Report on enteric fever
Disease focus: Fever
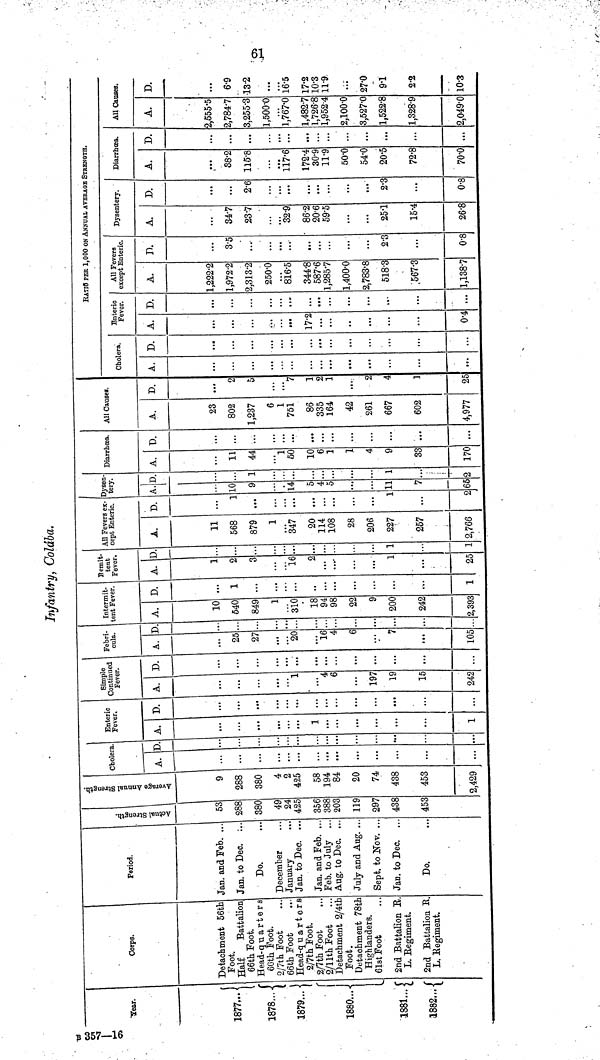
61
Infantry, Colába.
Year.
1877...
1878...
1879...
1880...
1881...
1882...
Corps.
Detachment 56th
Foot.
Half
Battalion
66th Foot.
Head-quarters
66th Foot.
2/7th Foot
66th Foot
Head-quarter
2/7th Foot.
2/7th Foot
2/11th Foot
Detachment 2/4t
Foot.
Detachment 78t
Highlanders.
61st Foot
2nd Battalion E
L. Regiment.
2nd Battalion R.
L. Regiment.
Period.
Jan. and Feb. ..
Jan. to
Dec..
Do.
December
January
Jan. to Dec. ..
Jan. and Feb. .
Feb. to July .
Aug. to Dec. .
July and Aug. .
Sept. to Nov. .
Jan. to Dec.
Do.
Actual Strength.
53
288
380
49
24
425
356
388
203
119
297
438
453
Average Annual Strength.
9
288
380
4
2
425
58
194
84
20
74
438
453
2,429
Cholera.
A.
...
...
...
D.
..
...
Enteric
Fever.
A.
1
...
1
D.
...
...
Simple
Continued
Fever.
A.
4
6
197
19
15
242
D.
...
...
Febrí-
cula.
A.
25
27
20
16
4
6
7
105
D.
..
Intermit-
tent Fever.
A.
10
540
849
1
310
18
94
98
22
9
200
242
2,393
D.
1
...
...
..
...
...
...
...
1
Remittent
Fever.
A.
1
2
...
16
2
...
....
...
1
25
D.
..
. .
-
1
All Fevers ex-
cept Enteric.
A.
11
568
879
1
347
20
114
108
28
206
227
257
2,766
D.
1
...
...
...
...
...
...
2
Dysen-
tery.
A.
10
9
14
5
4
5
11
7
65
D.
1
...
...
1
...
2
Diarrhoea.
A.
11
44
1
50
10
6
1
1
4
9
33
170
D.
...
...
...
...
...
...
...
...
...
...
...
All Causes.
A.
23
802
1,237
6
1
751
86
335
164
42
261
667
602
4,977
D.
2
5
7
1
2
1
2
4
1
25
Cholera.
A.
...
...
D.
...
...
RATIO PER 1,000 ON ANNUAL AVERAGE STRENGTH.
Enteric
Fever.
A.
17.2
0.4
D.
...
...
All Fevers
except Enteric.
A.
1,222.2
1,972.2
2,313.2
250.0
816.5
344.8
587.6
1,285.7
1,400.0
2,783.8
518.3
567.3
1,138.7
D.
3.5
...
...
...
...
...
...
...
2.3
...
0.8
Dysentery.
A.
34.7
23.7
32.9
86.2
20.6
59.5
...
...
25.1
15.4
26.8
D.
...
2.6
...
...
...
...
...
...
2.3
...
0.8
Diarrhœa.
A.
38.2
115.8
117.6
172.4
30.9
11.9
50.0
54.0
20.5
72.8
70.0
D.
...
...
...
...
...
...
...
...
...
...
...
All Causes.
A.
2,555.5
2,784.7
3,255.3
1,500.0
1,767.0
1,482.7
1,726.8
1,952.4
2,100.0
3,527.0
1,522.8
1,328.9
2,049'0
D.
6.9
13.2
...
16.5
17.2
10.3
11.9
...
27.0
91
2.2
10.3
B 357-16